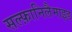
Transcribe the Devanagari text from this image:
सल्फ़ानिलैमाइड